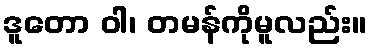
ဒူတော ဝါ၊ တမန်ကိုမူလည်း။